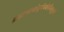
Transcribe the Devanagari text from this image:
ब्राह्मणानांतुपंचमेहनिभूभृतां